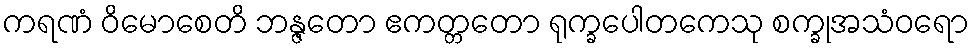
ကရဏံ ဝိမောစေတိ ဘန္ဇတော ဧကတ္တတော ရုက္ခပေါတကေသု စက္ခုအသံဝရော